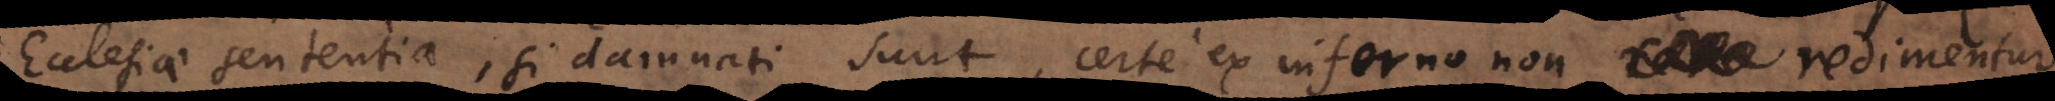
cclesiae sententia, si damnati sunt, certe ex inferno non redimentur,